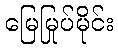
မြေမြုပ်မိုင်း